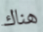
هناك